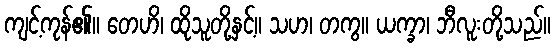
ကျင့်ကုန်၏။ တေဟိ၊ ထိုသူတို့နှင့်။ သဟ၊ တကွ။ ယက္ခာ၊ ဘီလူးတို့သည်။